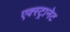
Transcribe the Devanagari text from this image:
एक्स्ट्रानेट